system: You are a helpful assistant.
user:
Analyze the provided spectrum to determine if it is a **Carbon Star (C-type)**.

- **Key Visual Indicators of Carbon Star:**
    - **(Primary):** Strong molecular absorption from **C₂ (diatomic carbon) "Swan Bands."** This is the **defining feature** of a carbon star.
        - **(Key Bandheads):** Sharp absorption edges are visible at approximately $5635$ Å, $5165$ Å (the strongest band), and $4737$ Å.
        - **(Line Profile):** Creates a distinct **"saw-tooth"** pattern. The key morphology is a sharp, steep bandhead on the **red (long-wavelength) side**, which then gradually tapers off (i.e., flux recovers) towards the **blue (short-wavelength) side**. *(This is the direct opposite of the TiO bands seen in M-type stars)*.

    - **(Secondary):** Intense **CN (cyanogen)** molecular absorption bands.
        - **(Key Bandheads):** Located in the blue and violet regions of the spectrum (e.g., near $4215$ Å and $3883$ Å).
        - **(Morphology):** These bands are extremely broad and act as a "blanket," absorbing the vast majority of blue and violet light. This creates a characteristic **"cliff"** or **"steep drop-off"** in the spectrum's flux at short wavelengths.

    - **(Key Confirmation):** Strong **CH absorption band (G-band)**.
        - **(Key Bandhead):** Located around $4300$ Å. The contribution from CH molecules to this band is exceptionally strong.

    - **(Overall Spectrum):**
        - The continuum is severely "chopped up" by these deep molecular bands, especially C₂, rather than appearing as a smooth curve.
        - Due to the heavy CN and C₂ absorption in the blue-green, the vast majority of the star's flux is concentrated in the red part of the spectrum, giving the star its characteristic deep red color.

Think first, call **spectral_visualization_tool** if needed to examine features in detail, then provide your final answer. Your response must adhere to the following strict rules:
1.  **Overall Structure:** Your response must follow the format `<think>...</think> <tool_call>...</tool_call> (if a tool is used) <answer>...</answer>`.
2.  **Tool Usage Constraint:** You may only make **one** tool call per turn.
3.  **Final Answer Format:** In the `<answer>` tag, your conclusion must be inside a `\boxed{}` command (e.g., `\boxed{YES}`), followed by your justification.

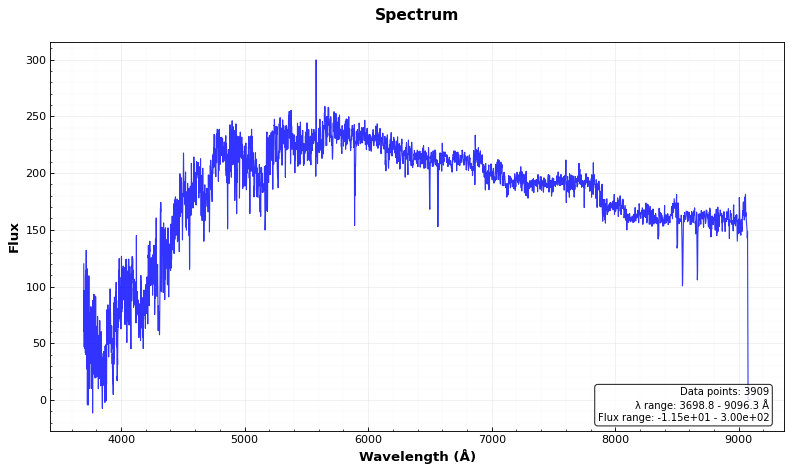
Answer: YES